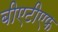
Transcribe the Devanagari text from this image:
बीएटीएफ